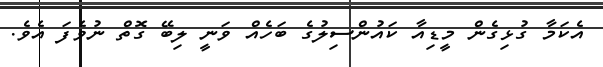
އެކަމާ ގުޅިގެން މީޑިއާ ކައުންސިލުގެ ބަހެއް ވަނީ ލިބޭ ގޮތް ނުވެފަ އެވެ.